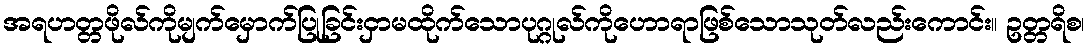
အရဟတ္တဖိုလ်ကိုမျက်မှောက်ပြုခြင်းငှာမထိုက်သောပုဂ္ဂုလ်ကိုဟောရာဖြစ်သောသုတ်လည်းကောင်း။ ဥတ္တရိစ၊